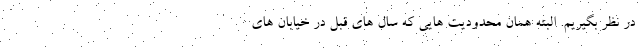
در نظر بگیریم. البته همان محدودیت هایی که سال های قبل در خیابان های